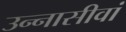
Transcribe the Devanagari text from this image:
उन्नासीवां